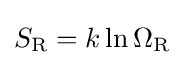
S_{\text{R}}=k\ln \Omega _{\text{R}}